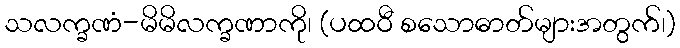
သလက္ခဏံ-မိမိလက္ခဏာကို၊ (ပထဝီ စသောဓာတ်များအတွက်၊)